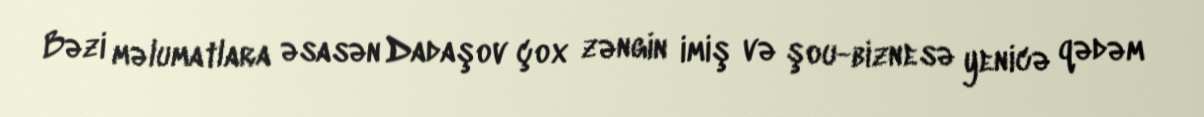
Bəzi məlumatlara əsasən Dadaşov çox zəngin imiş və şou-biznesə yenicə qədəm